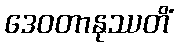
ဒေဝတာနုဿတိံ